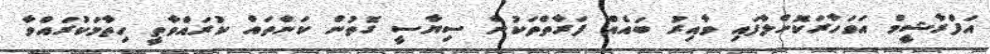
އަފްރާޝީމް އަވަހާރަކޮށްލާފައި ވާއިރު ބައެއް ފަރާތްތަކުން ސިޔާސީ ގޮތުން ކަންތައް ކުރައްވާތީ ހިތާމަކުރައްވާ